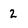
Character: 2